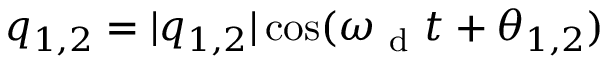
q _ { 1 , 2 } = \lvert q _ { 1 , 2 } \rvert \cos ( \omega _ { \mathrm { ~ d ~ } } t + \theta _ { 1 , 2 } )